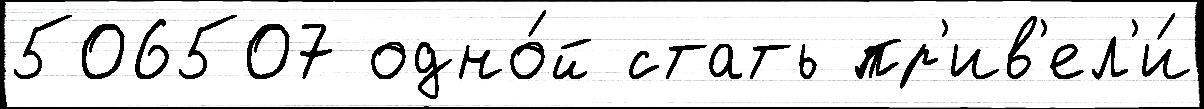
506507 одно́й стать пр'ив'ел'и́